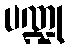
ပဏ္ဍု